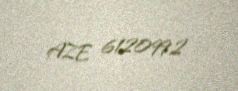
AZE 6120992